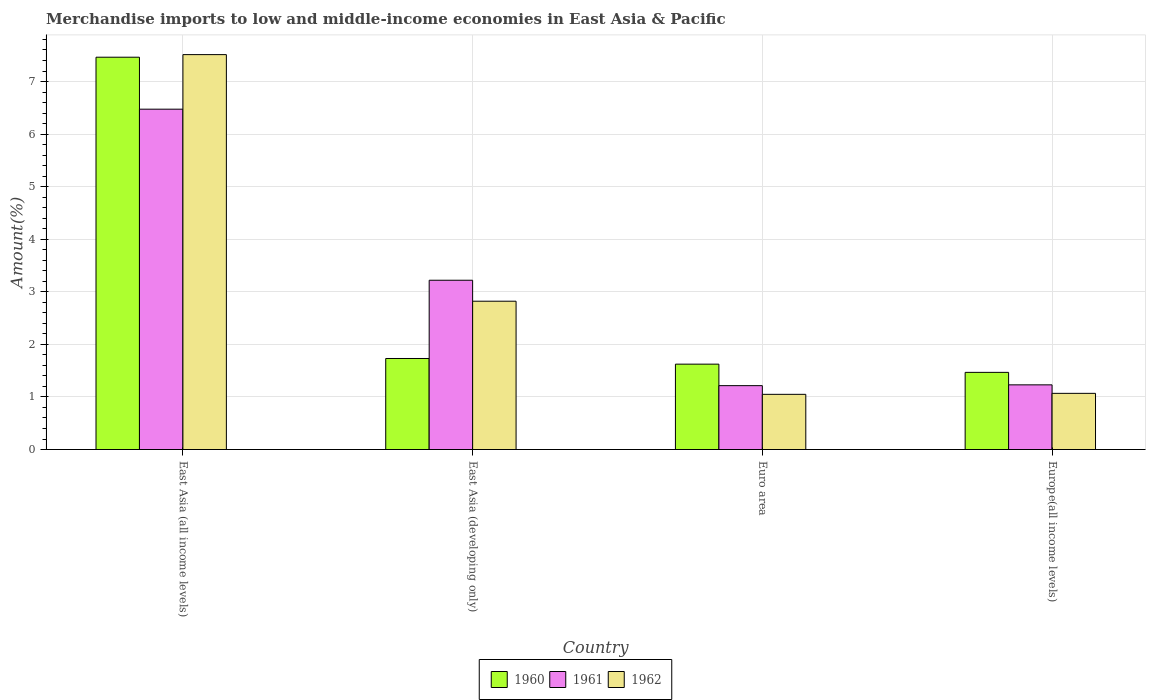
| Country | 1960 | 1961 | 1962 |
 | --- | --- | --- | --- |
 | East Asia (all income levels) | 7.46 | 6.47 | 7.51 |
 | East Asia (developing only) | 1.73 | 3.22 | 2.82 |
 | Euro area | 1.62 | 1.21 | 1.05 |
 | Europe(all income levels) | 1.47 | 1.23 | 1.07 |